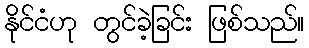
နိုင်ငံဟု တွင်ခဲ့ခြင်း ဖြစ်သည်။